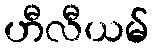
ဟီလီယမ်